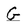
Character: G